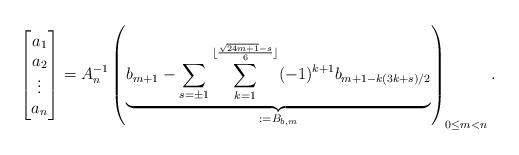
LaTeX: \begin{align*} \begin{bmatrix} a_1 \\ a_2 \\ \vdots \\ a_n \end{bmatrix} & = A_n^{-1} \left( \underset{:= B_{b,m}}{\underbrace{ b_{m+1} - \sum_{s = \pm 1} \sum_{k=1}^{\lfloor \frac{\sqrt{24m+1}-s}{6} \rfloor} (-1)^{k+1} b_{m+1-k(3k+s)/2}}} \right)_{0 \leq m < n}. \end{align*}